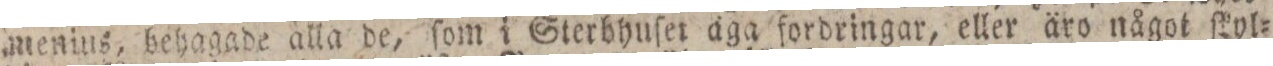
menins, behagade alla de, ſom i Sterbhuſet äga fordringar, eller äro något ſkyl=